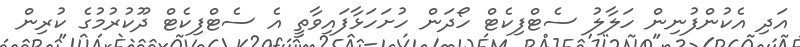
އަދި އެކުންފުނިން ހަލާލު ސެޓްފިކެޓް ހޯދަން ހުށަހަޅާފައިވާތީ އެ ސެޓްފިކެޓް ދޫކުރުމުގެ ކުރިން